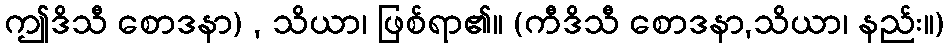
ဤဒိသီ စောဒနာ) , သိယာ၊ ဖြစ်ရာ၏။ (ကီဒိသီ စောဒနာ,သိယာ၊ နည်း။)